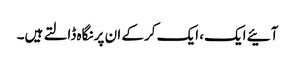
آئیے ایک، ایک کرکے ان پر نگاہ ڈالتے ہیں۔